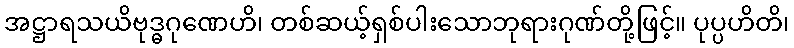
အဋ္ဌာရသယိဗုဒ္ဓဂုဏေဟိ၊ တစ်ဆယ့်ရှစ်ပါးသောဘုရားဂုဏ်တို့ဖြင့်။ ပုပ္ပဟိတိ၊